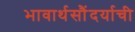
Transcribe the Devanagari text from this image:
भावार्थसौंदर्याची